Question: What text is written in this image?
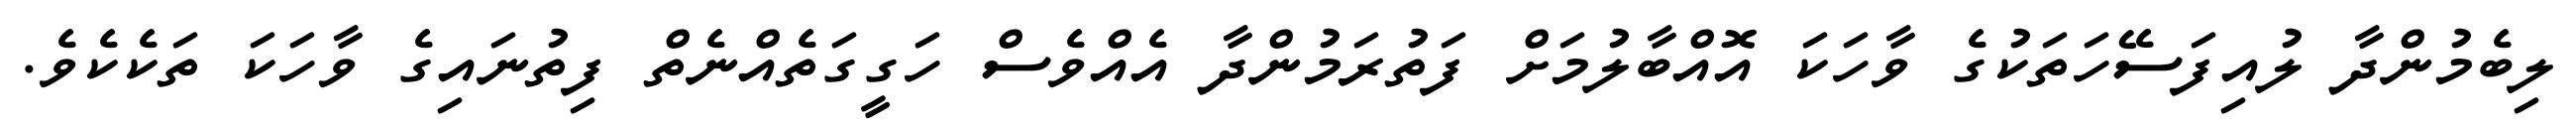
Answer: ލިބެމުންދާ ލުއިފަސޭހަތަކުގެ ވާހަކަ އޮއްބާލުމަށް ފަތުރަމުންދާ އެއްވެސް ހަގީގަތެއްނެތް ފިތުނައިގެ ވާހަކަ ތަކެކެވެ.